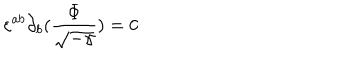
\varepsilon ^ { a b } \partial _ { b } ( \frac { \Phi } { \sqrt { - \gamma } } ) = 0